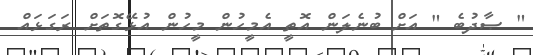
" ޞާދުބެ " އަށް ބުނެލަން އޮތީ އެމީހުން މީހުން އުޅޭގޮތަށް ރަގަޅައް